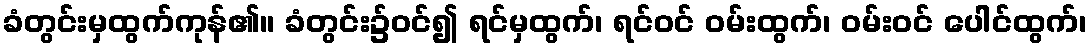
ခံတွင်းမှထွက်ကုန်၏။ ခံတွင်း၌ဝင်၍ ရင်မှထွက်၊ ရင်ဝင် ဝမ်းထွက်၊ ဝမ်းဝင် ပေါင်ထွက်၊